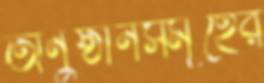
অনুষ্ঠানসমূহের